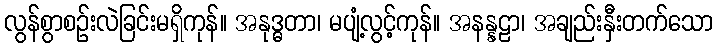
လွန်စွာစဉ်းလဲခြင်းမရှိကုန်။ အနုဒ္ဓတာ၊ မပျံ့လွင့်ကုန်။ အနန္နဠာ၊ အချည်းနှီးတက်သော